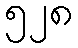
၅၂၈